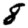
Digit: 8